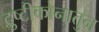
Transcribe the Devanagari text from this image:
द्रुष्टीकोनातुन